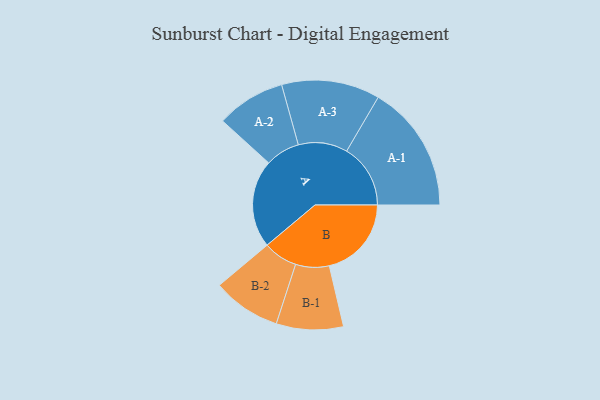
{"axis": {"x": "Segment", "y": "Value"}, "legend": ["", "A", "B"], "data": [{"x": "A", "y": 360, "type": ""}, {"x": "B", "y": 336, "type": ""}, {"x": "A-1", "y": 261, "type": "A"}, {"x": "A-2", "y": 141, "type": "A"}, {"x": "A-3", "y": 201, "type": "A"}, {"x": "B-1", "y": 137, "type": "B"}, {"x": "B-2", "y": 140, "type": "B"}]}